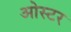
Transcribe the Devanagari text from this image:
ओस्टर